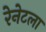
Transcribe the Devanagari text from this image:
रेनेटला